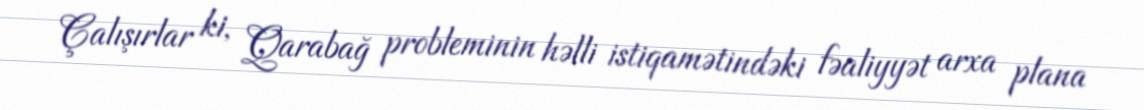
Çalışırlar ki, Qarabağ probleminin həlli istiqamətindəki fəaliyyət arxa plana